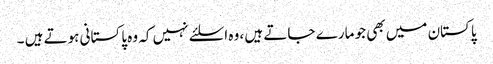
پاکستان میں بھی جو مارے جاتے ہیں ، وہ اسلئے نہیں کہ وہ پاکستانی ہوتے ہیں ۔